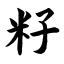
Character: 籽